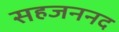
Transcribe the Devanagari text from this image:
सहजननद